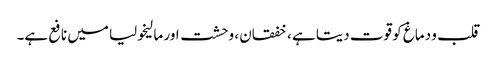
قلب و دماغ کو قوت دیتا ہے ، خفقان ، وحشت اور مالیخولیا میں نافع ہے۔